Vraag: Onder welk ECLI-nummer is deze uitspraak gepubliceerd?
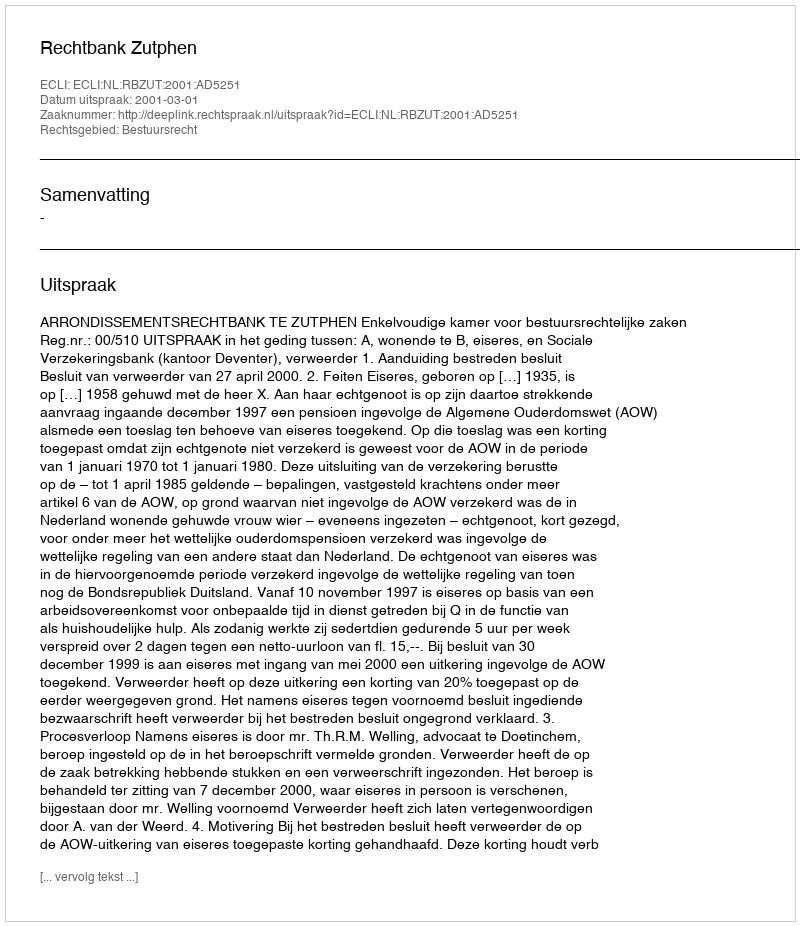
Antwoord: ECLI:NL:RBZUT:2001:AD5251